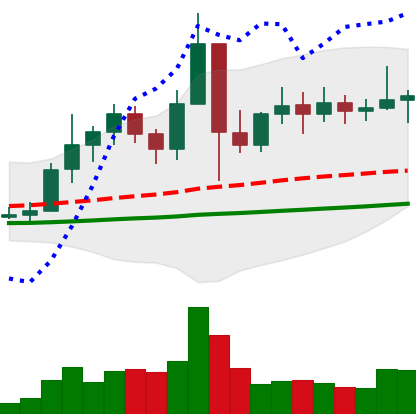
Ticker: ETC-USD
Chart end date: 2021-01-20
Forward return: -5.108%
Label: down_5_7